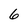
Character: 6